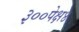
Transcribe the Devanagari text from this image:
३००पेक्ष४